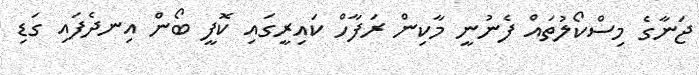
ޖަނާގެ މިސްކޯލުތައް ފެނުނީ މާކިން ރަފާހް ކައިރީގައި ކޮފީ ބޯން އިނދެފައި ގަޑި